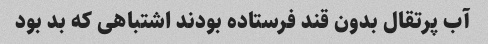
آب پرتقال بدون قند فرستاده بودند اشتباهی که بد بود